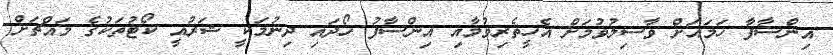
އިންސާފާ ހަމައަށް ވާސިލުވުމަށް އެހީތެރިވުމާއި އިންސާފު ހޯދައި ދިނުމަކީ ޝަރުއީ ކޯޓުތަކުގެ މައްޗަށް